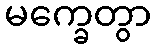
မက္ခေတွာ